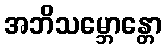
အဘိသမ္ဘောန္တော